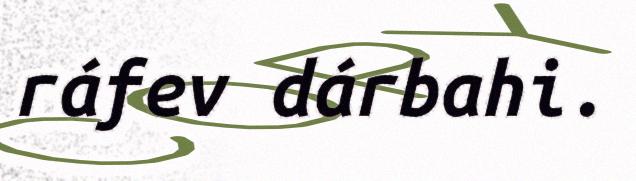
ráfev dárbahi.